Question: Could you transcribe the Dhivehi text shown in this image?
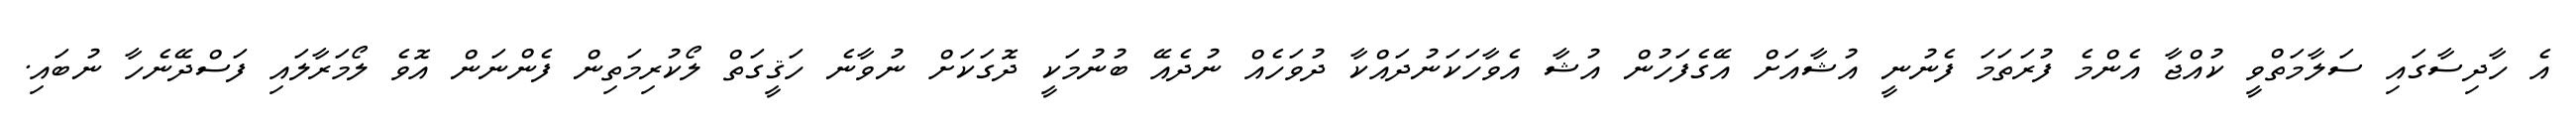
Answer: އެ ހާދިސާގައި ސަލާމަތްވީ ކުއްޖާ އެންމެ ފުރަތަމަ ފެނުނީ އުޝާއަށް އޭގެފަހުން އުޝާ އެވާހަކަނުދައްކާ ދުވަހެއް ނުދެއޭ ބުނުމަކީ ދޮގަކަށް ނުވާނެ ހަޤީގަތް ލޯކުރިމަތިން ފެންނަން އޮވެ ލޯމަރާލައި ފަސްދޭނެހާ ނުބައި.